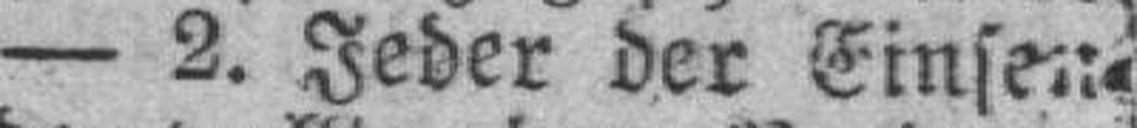
— 2. Jeder der Einsen¬